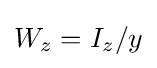
W_{z}=I_{z}/y